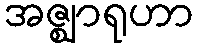
အဇ္ဈာရုဟာ